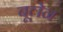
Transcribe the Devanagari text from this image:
बूलेन